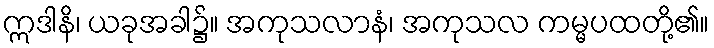
ဣဒါနိ၊ ယခုအခါ၌။ အကုသလာနံ၊ အကုသလ ကမ္မပထတို့၏။